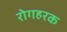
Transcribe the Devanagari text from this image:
रोगहरक